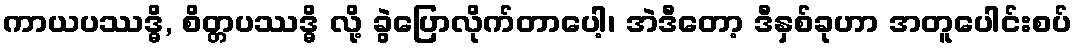
ကာယပဿဒ္ဓိ, စိတ္တပဿဒ္ဓိ လို့ ခွဲပြောလိုက်တာပေါ့၊ အဲဒီတော့ ဒီနှစ်ခုဟာ အတူပေါင်းစပ်